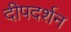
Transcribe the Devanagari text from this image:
दीपदर्शन